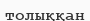
толыққан